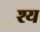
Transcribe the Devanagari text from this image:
श्य